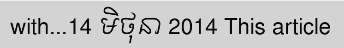
with...14 មិថុនា 2014 This article